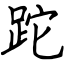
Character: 跎